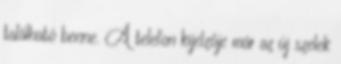
található benne. A telefon kijelzője már az új szelek